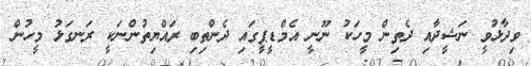
ވިދާޅުވީ ނަޝީދާއި ދެތިން މީހަކު ނޫނީ އެމްޑީޕީގައި ދެންތިބި ރައްޔިތުންނަކީ ރަނގަޅު މީހުން